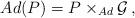
LaTeX: \begin{align*}Ad(P)=P\times _{Ad}\mathcal{G}\, , \end{align*}